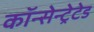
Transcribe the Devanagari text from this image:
कॉन्सेन्ट्रेटेड